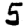
Digit: 5